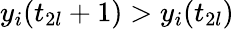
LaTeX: y_{i}(t_{2l}+1)>y_{i}(t_{2l})